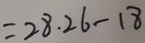
= 2 8 . 2 6 - 1 8